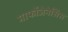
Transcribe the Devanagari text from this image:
मार्फोजेनेसिस